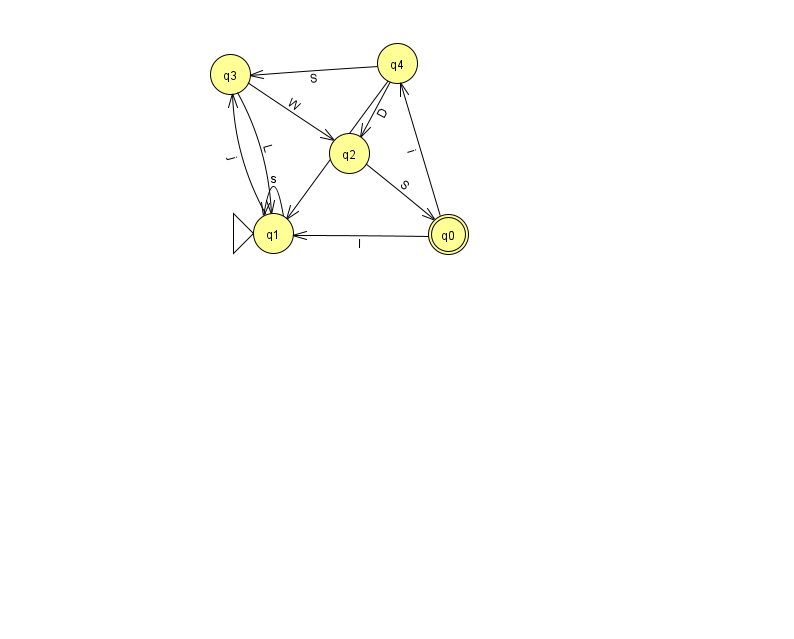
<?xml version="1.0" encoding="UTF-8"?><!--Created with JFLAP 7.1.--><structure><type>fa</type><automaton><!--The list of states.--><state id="0" name="q0"><x>448.0</x><y>221.0</y><final/></state><state id="1" name="q1"><x>273.0</x><y>220.0</y><initial/></state><state id="2" name="q2"><x>349.0</x><y>140.0</y></state><state id="3" name="q3"><x>230.0</x><y>61.0</y></state><state id="4" name="q4"><x>397.0</x><y>50.0</y></state><!--The list of transitions.--><transition><from>4</from><to>2</to><read>D</read></transition><transition><from>0</from><to>1</to><read>l</read></transition><transition><from>1</from><to>1</to><read>s</read></transition><transition><from>3</from><to>2</to><read>W</read></transition><transition><from>0</from><to>4</to><read>i</read></transition><transition><from>4</from><to>3</to><read>S</read></transition><transition><from>4</from><to>1</to><read>t</read></transition><transition><from>2</from><to>0</to><read>S</read></transition><transition><from>3</from><to>1</to><read>L</read></transition><transition><from>1</from><to>3</to><read>j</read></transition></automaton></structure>